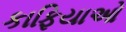
કાફિયાઓ